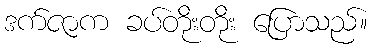
ဒက်ဇာက ခပ်တိုးတိုး ပြောသည်။